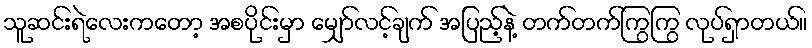
သူဆင်းရဲလေးကတော့ အစပိုင်းမှာ မျှော်လင့်ချက် အပြည့်နဲ့ တက်တက်ကြွကြွ လုပ်ရှာတယ်။